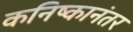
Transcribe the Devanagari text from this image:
कनिष्कानंतर